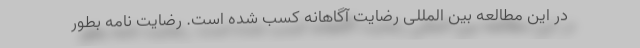
در این مطالعه بین المللی رضایت آگاهانه کسب شده است. رضایت نامه بطور